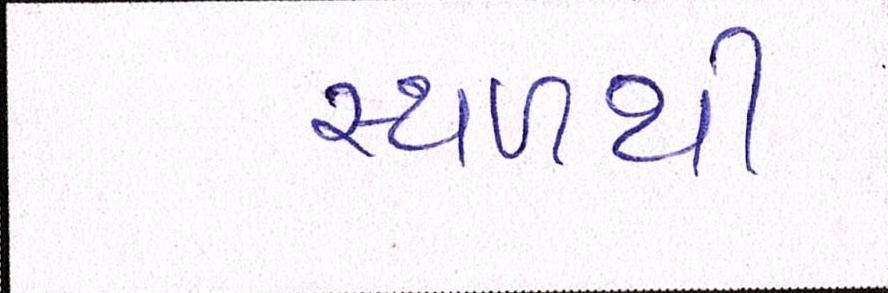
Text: સ્થળથી